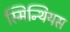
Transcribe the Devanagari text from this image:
स्मिन्थियस